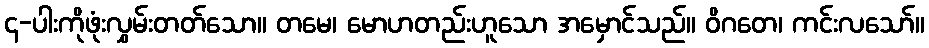
၄-ပါးကိုဖုံးလွှမ်းတတ်သော။ တမေ၊ မောဟတည်းဟူသော အမှောင်သည်။ ဝိဂတေ၊ ကင်းလသော်။